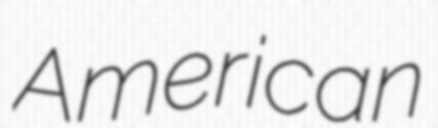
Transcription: American